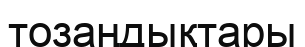
тозаңдықтары